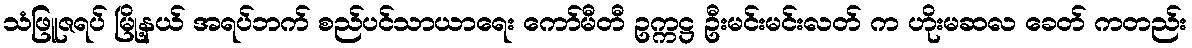
သံဖြူဇရပ် မြို့နယ် အရပ်ဘက် စည်ပင်သာယာရေး ကော်မီတီ ဥက္ကဋ္ဌ ဦးမင်းမင်းလတ် က ဟိုးမဆလ ခေတ် ကတည်း